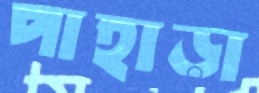
পাহাড়া